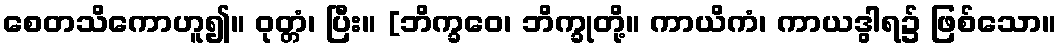
စေတသိကောဟူ၍။ ဝုတ္တံ၊ ပြီး။ [ဘိက္ခဝေ၊ ဘိက္ခုတို့။ ကာယိကံ၊ ကာယဒွါရ၌ ဖြစ်သော။